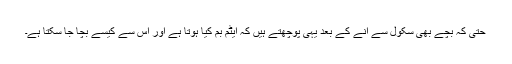
حتیٰ کہ بچے بھی سکول سے آنے کے بعد یہی پوچھتے ہیں کہ ایٹم بم کیا ہوتا ہے اور اس سے کیسے بچا جا سکتا ہے۔